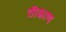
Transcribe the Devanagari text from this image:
ठीकाण